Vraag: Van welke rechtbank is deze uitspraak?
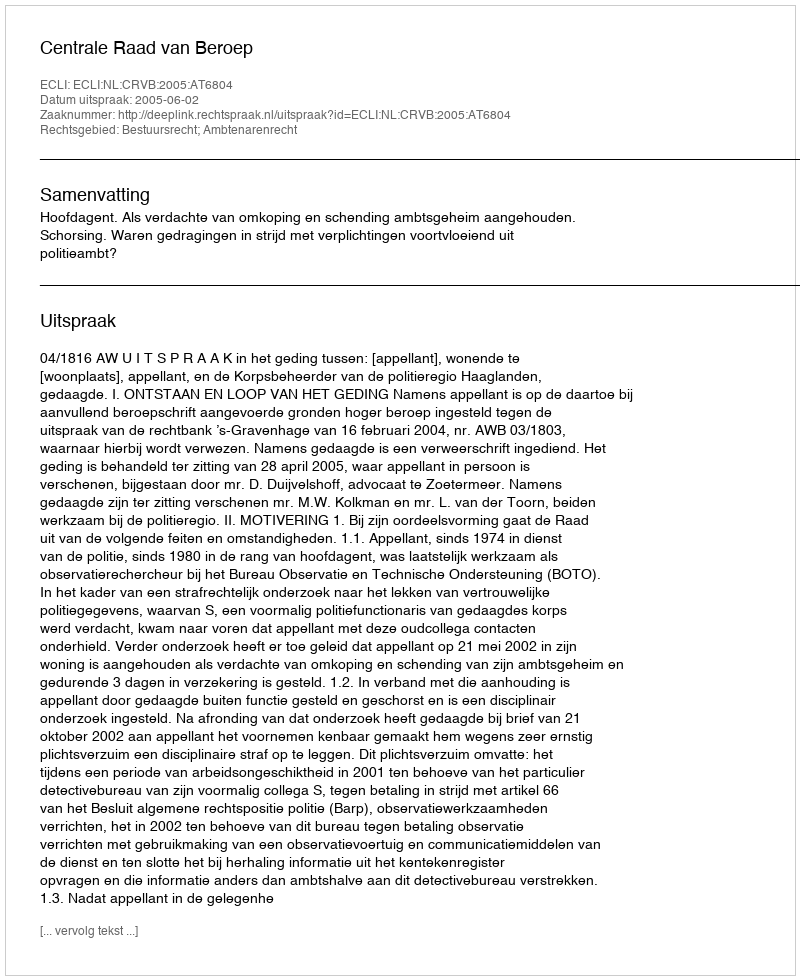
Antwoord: Centrale Raad van Beroep